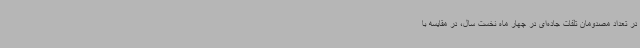
در تعداد مصدومان تلفات جاده‌ای در چهار ماه نخست سال، در مقایسه با